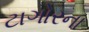
ટાગોરના